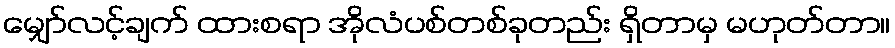
မျှော်လင့်ချက် ထားစရာ အိုလံပစ်တစ်ခုတည်း ရှိတာမှ မဟုတ်တာ။